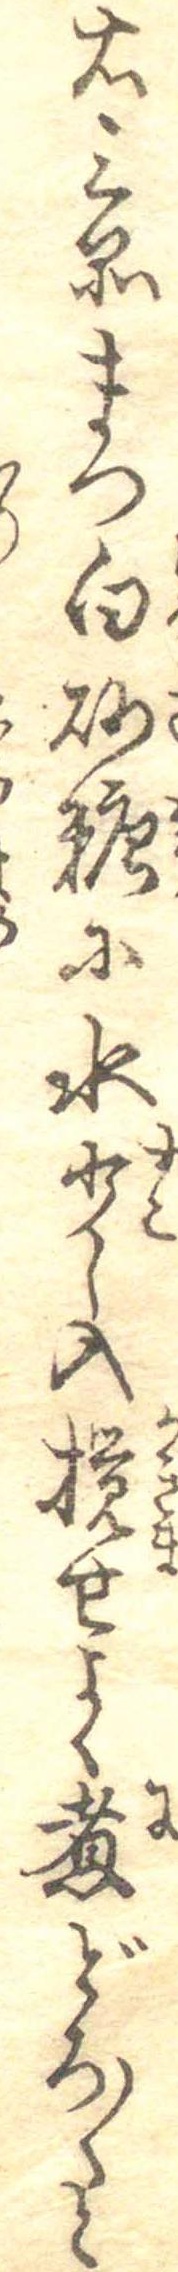
右三品まつ白砂糖に水少し入撹せよく煮どろ〱と